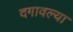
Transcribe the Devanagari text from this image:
दगावल्या